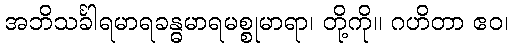
အဘိသင်္ခါရမာရခန္ဓမာရမစ္စုမာရာ၊ တို့ကို။ ဂဟိတာ ဧဝ၊